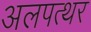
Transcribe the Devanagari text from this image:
अलपत्थर